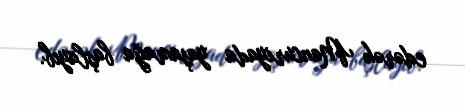
edərək Mancuriyada yaşamağa başlayıb.